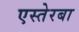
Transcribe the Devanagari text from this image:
एस्तेरबा